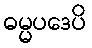
ဓမ္မပဒေပိ